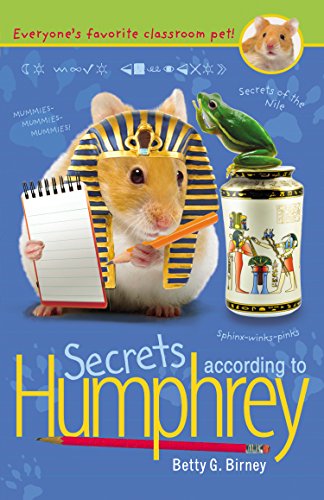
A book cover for Secrets According to Humphrey; Betty G. Birney; Children's Books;